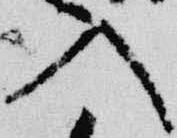
入